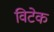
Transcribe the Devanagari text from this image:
विटेक